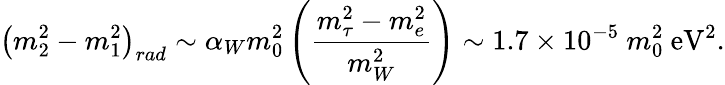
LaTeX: \left(m_{2}^{2}-m_{1}^{2}\right)_{rad}\sim\alpha_{W}m_{0}^{2}\left({\frac{m_{\tau}^{2}-m_{e}^{2}}{m_{W}^{2}}}\right)\sim 1.7\times 10^{-5}~m_{0}^{2}~\mathrm{eV}^{2}.